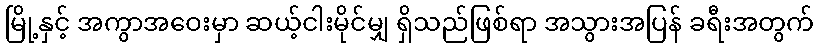
မြို့နှင့် အကွာအဝေးမှာ ဆယ့်ငါးမိုင်မျှ ရှိသည်ဖြစ်ရာ အသွားအပြန် ခရီးအတွက်